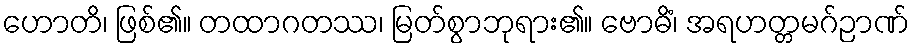
ဟောတိ၊ ဖြစ်၏။ တထာဂတဿ၊ မြတ်စွာဘုရား၏။ ဗောဓိံ၊ အရဟတ္တမဂ်ဉာဏ်